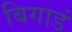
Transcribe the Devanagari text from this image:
बिगाडं